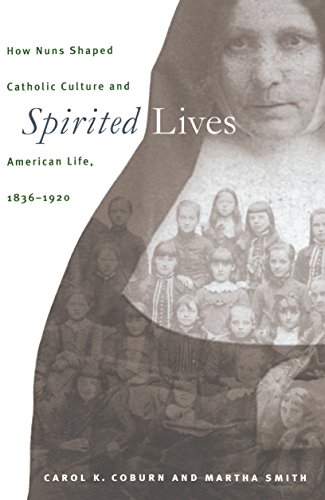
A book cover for Spirited Lives: How Nuns Shaped Catholic Culture and American Life, 1836-1920; Carol K. Coburn; Politics & Social Sciences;